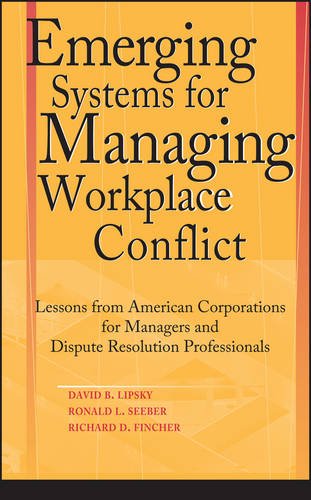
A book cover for Emerging Systems for Managing Workplace Conflict: Lessons from American Corporations for Managers and Dispute Resolution Professionals; David B. Lipsky; Business & Money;